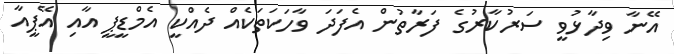
އޭނާ ވިދާޅުވީ ސަރުކާރުގެ ފަރާތުން އެފަދަ ވާހަކަތަކެއް ދެއްކީ އެމްޑީޕީ އާއި އޭޕީއާ